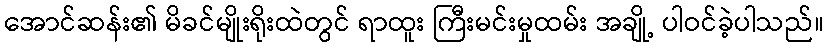
အောင်ဆန်း၏ မိခင်မျိုးရိုးထဲတွင် ရာထူး ကြီးမင်းမှုထမ်း အချို့ ပါဝင်ခဲ့ပါသည်။